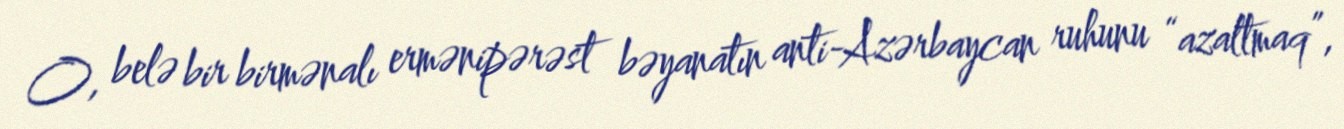
O, belə bir birmənalı ermənipərəst bəyanatın anti-Azərbaycan ruhunu “azaltmaq”,